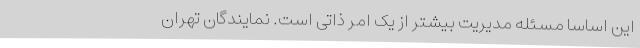
این اساساً مسئله مدیریت بیشتر از یک امر ذاتی است. نمایندگان تهران